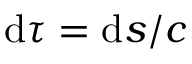
\mathrm { d } \tau = \mathrm { d } s / c